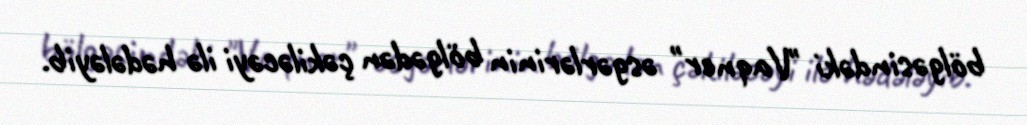
bölgəsindəki "Vaqner" əsgərlərinin bölgədən çəkiləcəyi ilə hədələyib.